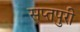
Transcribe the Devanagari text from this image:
सप्तपुरी